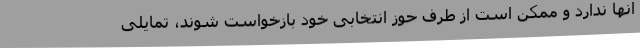
آنها ندارد و ممکن است از طرف حوز انتخابی خود بازخواست شوند، تمایلی